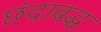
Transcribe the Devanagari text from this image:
छंदाबद्ध